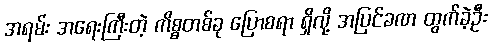
အရမ်း အရေးကြီးတဲ့ ကိစ္စတစ်ခု ပြောစရာ ရှိလို့ အပြင်ခဏ ထွက်ခဲ့ဦး